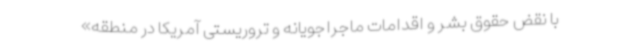
با نقض حقوق بشر و اقدامات ماجراجویانه و تروریستی آمریکا در منطقه»